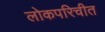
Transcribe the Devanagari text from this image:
लोकपरिचीत